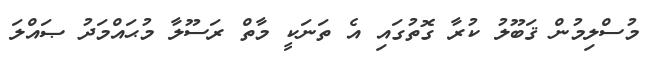
މުސްލިމުން ޤަބޫލު ކުރާ ގޮތުގައި އެ ތަނަކީ މާތް ރަސޫލާ މުޙައްމަދު ޞައްލަ